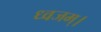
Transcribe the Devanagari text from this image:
ध्वजम्।